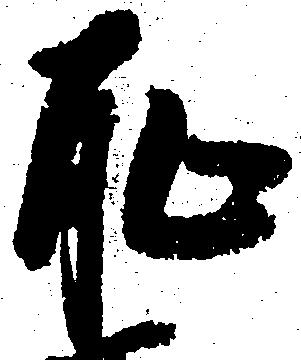
恥